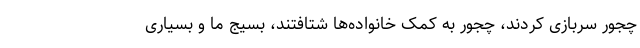
چجور سربازی کردند، چجور به کمک خانواده‌ها شتافتند، بسیج ما و بسیاری